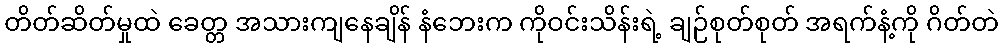
တိတ်ဆိတ်မှုထဲ ခေတ္တ အသားကျနေချိန် နံဘေးက ကိုဝင်းသိန်းရဲ့ ချဉ်စုတ်စုတ် အရက်နံ့ကို ဂိတ်တဲ